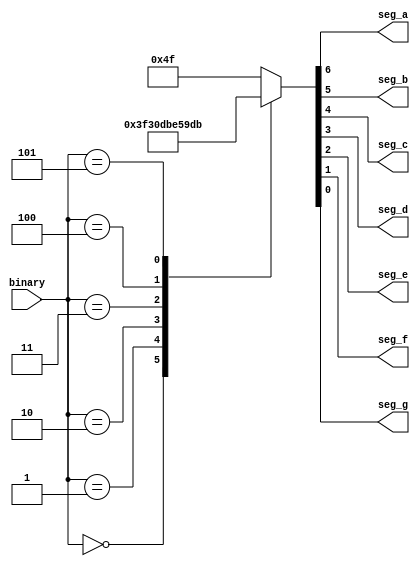
`timescale 1ns / 1ps

module segment_7
(
  input [2:0] binary,
  output reg seg_a,seg_b,seg_c,seg_d,seg_e,seg_f,seg_g
  
 );
 
  reg [0:6]segmentcode;
  always @(*)
  begin
  case(binary)
    3'b000: segmentcode = 7'b1111110;
    3'b001: segmentcode = 7'b0110000;
    3'b010: segmentcode = 7'b1101101;
    3'b011: segmentcode = 7'b1111001;
    3'b100: segmentcode = 7'b0110011;
    3'b101: segmentcode = 7'b1011011;
    
    default: segmentcode = 7'b1001111;
  endcase

    seg_a = segmentcode[0];
    seg_b = segmentcode[1];
    seg_c = segmentcode[2];
    seg_d = segmentcode[3];
    seg_e = segmentcode[4];
    seg_f = segmentcode[5];
    seg_g = segmentcode[6];
    
    end
endmodule